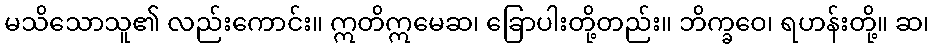
မသိသောသူ၏ လည်းကောင်း။ ဣတိဣမေဆ၊ ခြောပါးတို့တည်း။ ဘိက္ခဝေ၊ ရဟန်းတို့။ ဆ၊